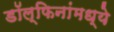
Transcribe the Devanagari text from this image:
डॉल्फिनांमध्ये